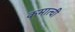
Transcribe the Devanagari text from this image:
कमात्ची